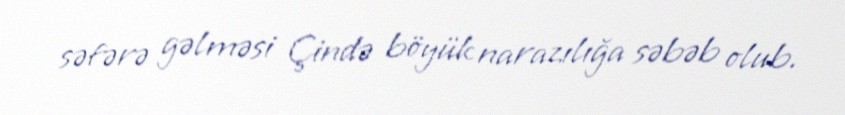
səfərə gəlməsi Çində böyük narazılığa səbəb olub.